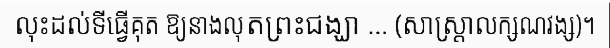
លុះដល់ទីធ្វើគុត ឱ្យនាងលុតព្រះជង្ឃា ... (សាស្ត្រាលក្សណវង្ស)។